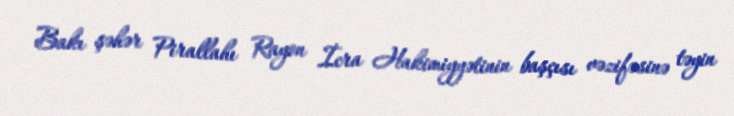
Bakı şəhər Pirallahı Rayon İcra Hakimiyyətinin başçısı vəzifəsinə təyin